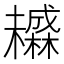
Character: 𬅄